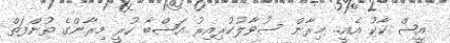
އީޝް ކާކު އެއީ.. މިރާން ސުވާލުކުރިއިރު އަޝްބާ ހުރީ މިރާންގެ ތުންފަތް